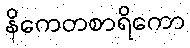
နိကေတစာရိကော